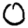
Digit: 0